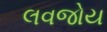
લવજોય